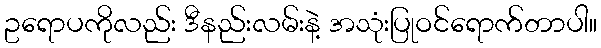
ဥရောပကိုလည်း ဒီနည်းလမ်းနဲ့ အသုံးပြုဝင်ရောက်တာပါ။